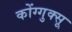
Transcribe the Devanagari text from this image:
कोंग्गुक्सू